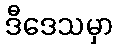
ဒီဒေသမှာ